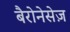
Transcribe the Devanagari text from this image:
बैरोनेसेज़